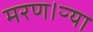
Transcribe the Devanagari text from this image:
मरण।ऱ्या